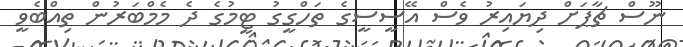
ނޫސް ޗާޕަށް ދިޔައިރު ވެސް އޭސީސީގެ ތަހްގީގު ޓީމުގެ ދެ މެމްބަރުން ތިއްބެވީ